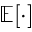
\mathbb { E } [ \cdot ]